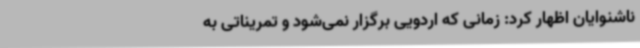
ناشنوایان اظهار کرد: زمانی که اردویی برگزار نمی‌شود و تمریناتی به